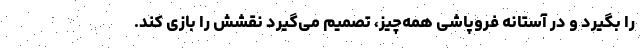
را بگیرد و در آستانه فروپاشی همه‌چیز، تصمیم می‌گیرد نقشش را بازی کند.